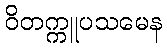
ဝိတက္ကူပသမေန